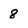
Character: 8